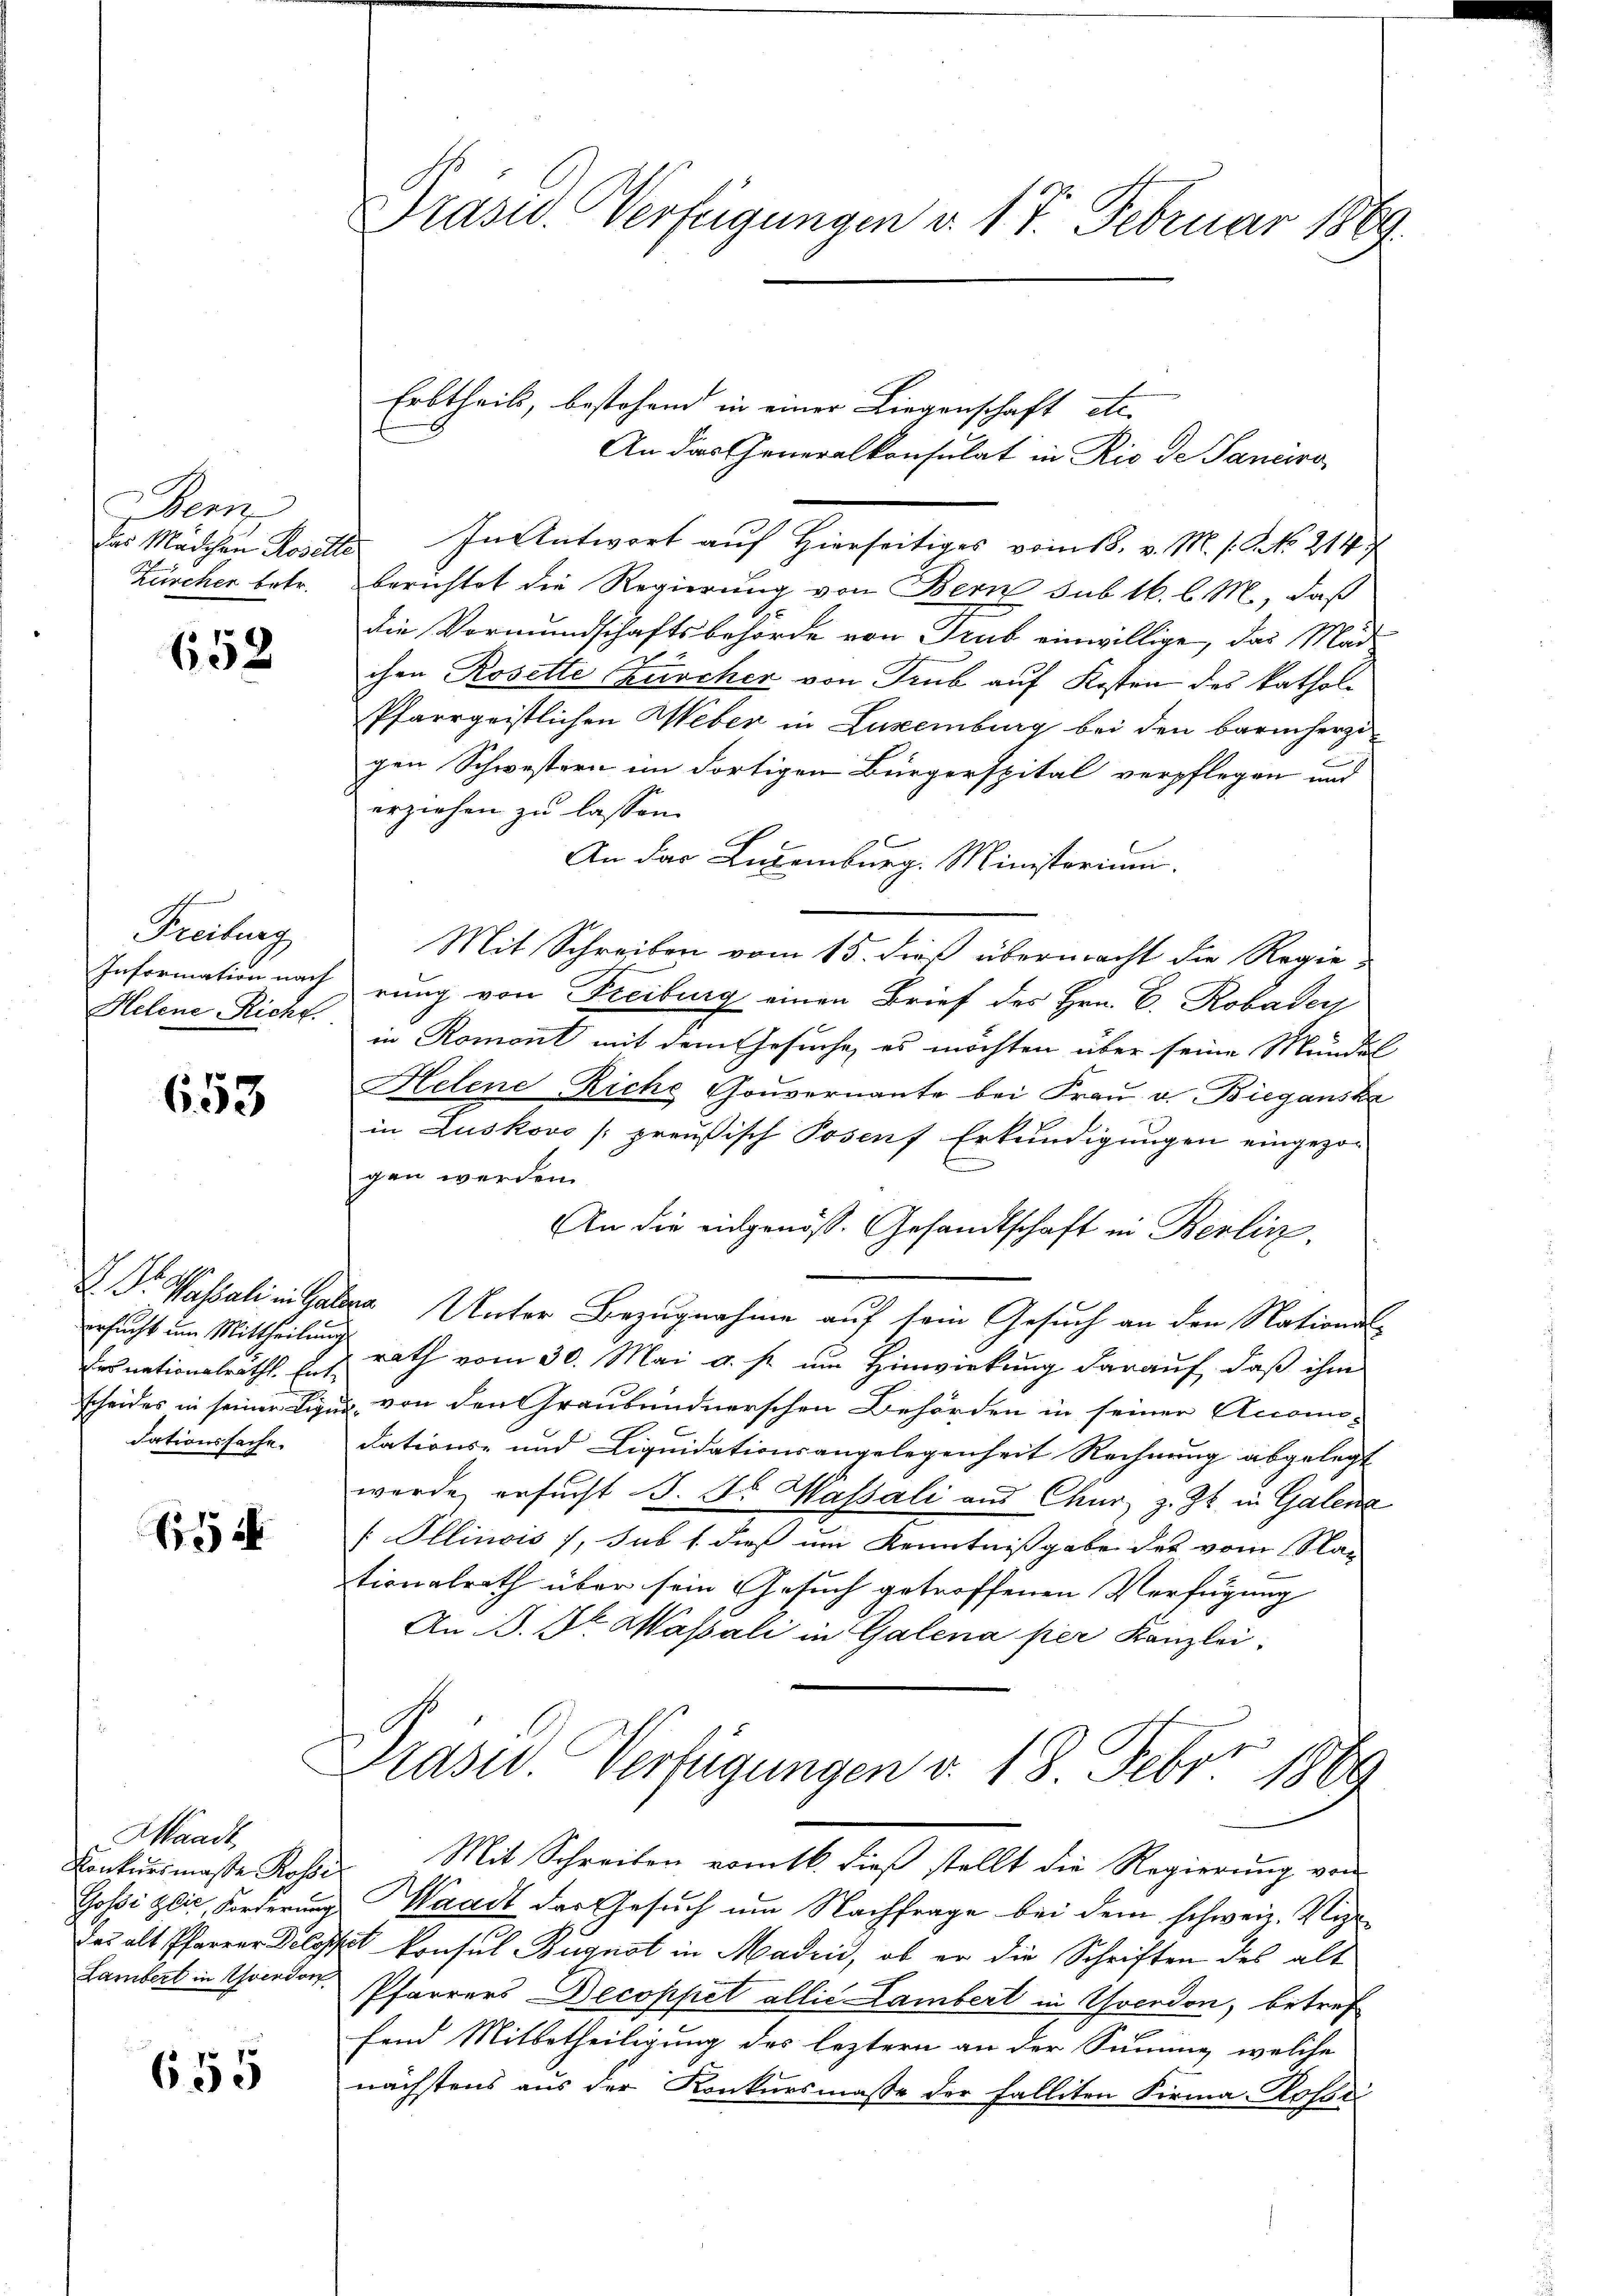
Bem

658

Freiburg
Information nach
Helene Richt.

653

ersucht um Mittheilung

115

Waadt,
Gosi Glic, Forderung
das alt Pfarrer Delos
Lambert in Yverdon

655

Präsid. Verfügungen v. 17. Februar 1869.

das Mädchen Rosette. In Antwort auf Hierseitiges vom 18. v. M. s. No 214
Zürcher betr. Berichtet die Regierung von Bern sub 16. l. M., daß
die Vormundschaftsbehörde von Trub einwillige, das Mad
ihen Rosette Zürcher von Trub auf Kosten des kathol¬
Pfarrgeistlichen Weber in Luxenburg bei den barmherzi
gen Schwestern im dortigen Bürgerspital verpflegen und
erziehen zu lassen.
An das Liegenburg. Ministerium.
Mit Schreiben vom 15. dieß übermacht die Regierung von Freiburg einen Brief des Hrn. E. Robader
in Romont mit dem Ehesuche, es möchten über seine Munden
Helene Riche Gouvernante bei Fraŭ v. Biegansk
in Luskovo /preußisch Posenf Erkundigungen eingezog
gen werden
An die eidgenöss. Gesandtschaft in Berlin.
 Vasali in Galere Unter Bezugnahme auf sein Gesuch an den Nation
Frsnationalräthl. J. J. rath vom 30. Mai a. s. um Hinwirkung darauf, daß ihm
scheides in seiner Liqui, von den Graubündnerschen Behörden in seiner Accon-
dationssache. dations- und Liquidationsangelegenheit Rechnung abgelegt
werde ersucht d. Dr. Wassali aus Chur, z. Zt. in Galena
[ Illinois 7, sub 1. dieß um Kenntnißgabe des vom Nac
tionalrath über sein Gesuch getroffenen Verfügung
An P. Dr. Wassali in Galena per Kanzlei-
Prasen. Verfügungen v. 18. Feber 1860
Konkŭrsmasse Rosse. Mit Schreiben vom 16. dieβ stellt die Regierŭng von
Waadt der Gesuch um Nachfrage bei dem schweiz. Vig
Et Konsul Buguot in Maden, ob er die Schriften des als
Pfarrers Decoppet allić Lambert in Yverdon, betref
fend Mitbetheiligung des leztern an der Summe, welche
nächstens aus der Konkursmasse der Falliten Firma Hofbei

Erbtheils, bestehend in einer Liegenschaft etc.

An das Generalkonsulat in Rio de Panciro